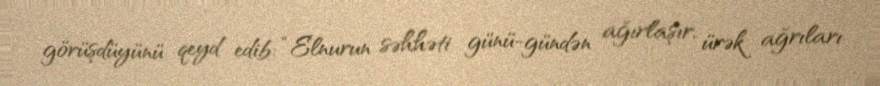
görüşdüyünü qeyd edib: “Elnurun səhhəti günü-gündən ağırlaşır, ürək ağrıları